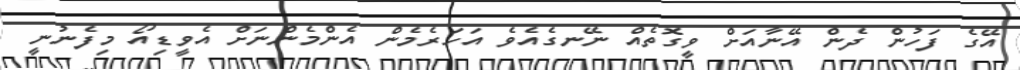
އޭގެ ފަހުން ދެން އޭނާއަށް ވީގޮތެއް ނޭނގެއެެވެ އަހަރެމެން އެންމެންނަށް އެވީޑިއޯ މިފެނުނީ